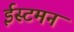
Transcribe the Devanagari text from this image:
ईस्टमन